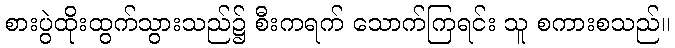
စားပွဲထိုးထွက်သွားသည်၌ စီးကရက် သောက်ကြရင်း သူ စကားစသည်။